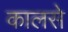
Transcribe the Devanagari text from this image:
कालसे